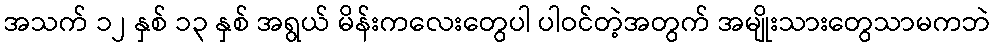
အသက် ၁၂ နှစ် ၁၃ နှစ် အရွယ် မိန်းကလေးတွေပါ ပါဝင်တဲ့အတွက် အမျိုးသားတွေသာမကဘဲ